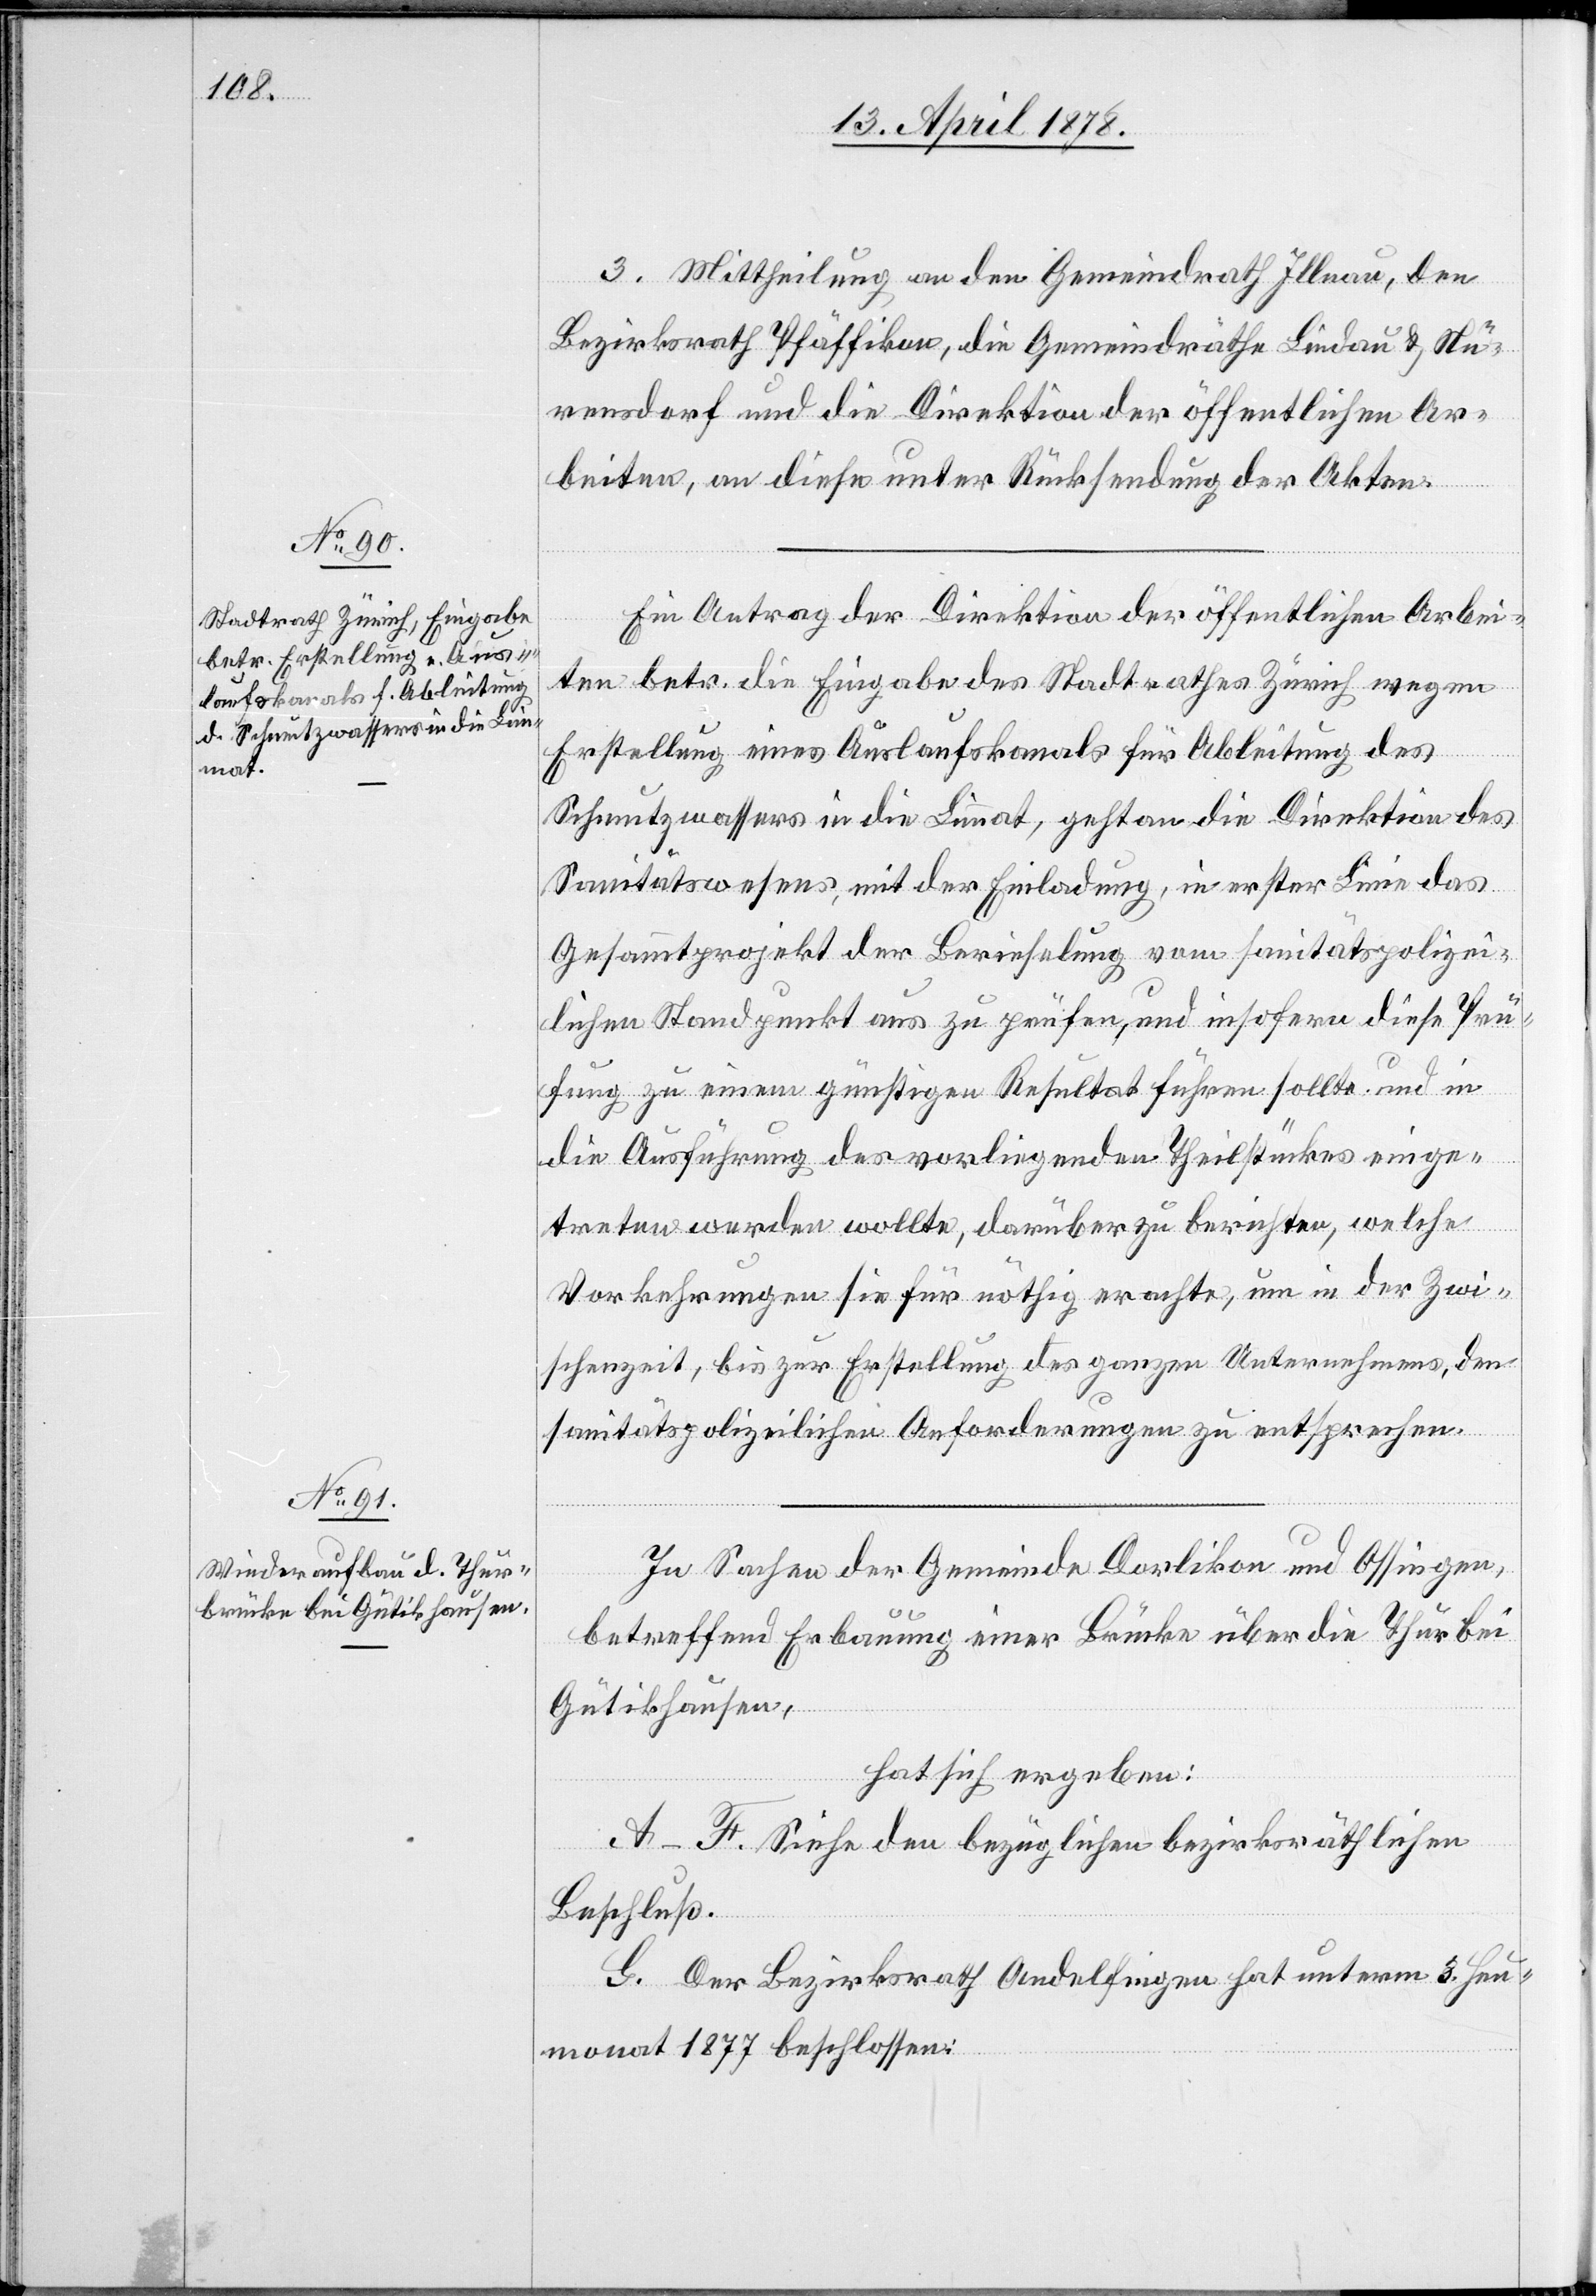
3. Mittheilung an den Gemeindrath Illnau, den
Bezirksrath Pfäffikon, die Gemeindräthe Lindau & Nü¬
rensdorf und die Direktion der öffentlichen Ar¬
beiten, an diese unter Rücksendung der Akten.
Ein Antrag der Direktion der öffentlichen Arbei¬
ten betr. die Eingabe des Stadtrathes Zürich wegen
Erstellung eines Auslaufskanals für Ableitung des
Schmutzwassers in die Limmat, geht an die Direktion des
Sanitätswesens, mit der Einladung, in erster Linie das
Gesammtprojekt der Berieselung vom sanitätspolizei¬
lichen Standpunkt aus zu prüfen, und insofern diese Prü¬
fung zu einem günstigen Resultat führen sollte und in
die Ausführung des vorliegenden Theilstückes einge¬
treten werden wollte, darüber zu berichten, welche
Vorkehrungen sie für nöthig erachte, um in der Zwi¬
schenzeit, bis zur Erstellung des ganzen Unternehmens, den
sanitätspolizeilichen Anforderungen zu entsprechen.
In Sachen der Gemeinde[n] Dorlikon und Ossingen,
betreffend Erbauung einer Brücke über die Thur bei
Gütikhausen,
hat sich ergeben:
A–F. Siehe den bezüglichen bezirksräthlichen
Beschluß.
G. Der Bezirksrath Andelfingen hat unterm 8. Heu¬
monat 1877 beschlossen: